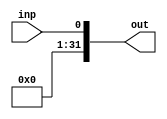
module buffer32bit(out, inp);

input inp;
output [31:0] out;

buf b0(out[0], inp);
buf b1(out[1], 1'b0);
buf b2(out[2], 1'b0);
buf b3(out[3], 1'b0);
buf b4(out[4], 1'b0);
buf b5(out[5], 1'b0);
buf b6(out[6], 1'b0);
buf b7(out[7], 1'b0);
buf b8(out[8], 1'b0);
buf b9(out[9], 1'b0);
buf b10(out[10], 1'b0);
buf b11(out[11], 1'b0);
buf b12(out[12], 1'b0);
buf b13(out[13], 1'b0);
buf b14(out[14], 1'b0);
buf b15(out[15], 1'b0);
buf b16(out[16], 1'b0);
buf b17(out[17], 1'b0);
buf b18(out[18], 1'b0);
buf b19(out[19], 1'b0);
buf b20(out[20], 1'b0);
buf b21(out[21], 1'b0);
buf b22(out[22], 1'b0);
buf b23(out[23], 1'b0);
buf b24(out[24], 1'b0);
buf b25(out[25], 1'b0);
buf b26(out[26], 1'b0);
buf b27(out[27], 1'b0);
buf b28(out[28], 1'b0);
buf b29(out[29], 1'b0);
buf b30(out[30], 1'b0);
buf b31(out[31], 1'b0);

endmodule